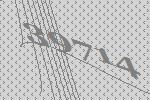
39714